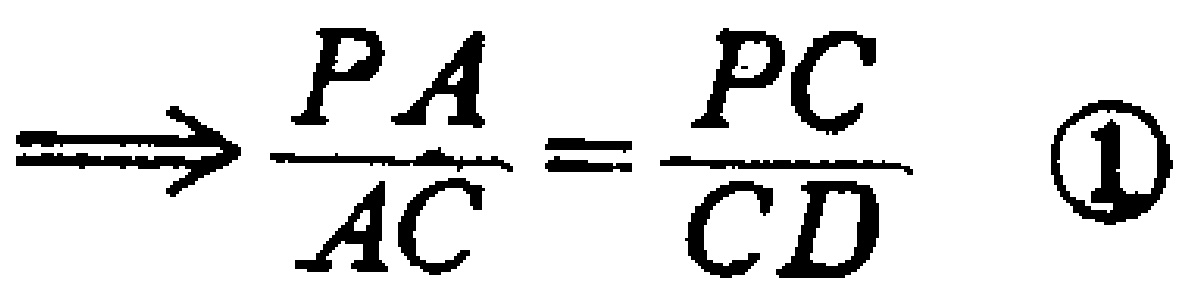
\[\Longrightarrow \frac{PA}{AC}=\frac{PC}{CD}\quad \textcircled{1}\]